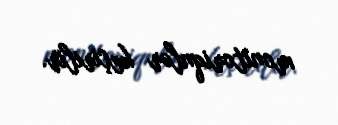
monitoriqnlər keçirilir.